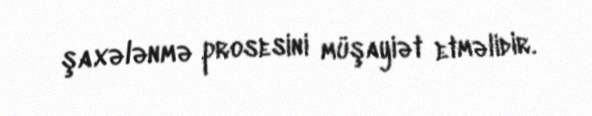
şaxələnmə prosesini müşayiət etməlidir.